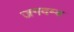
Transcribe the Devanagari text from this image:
जगदम्ब